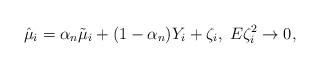
LaTeX: \begin{align*}\hat{\mu}_i= \alpha_n \tilde{\mu}_i + (1-\alpha_n)Y_i + \zeta_i, \; E \zeta_i^2\to 0,\end{align*}